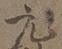
元